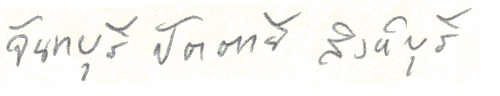
จันทบุรีปัตตานีสิงห์บุรี